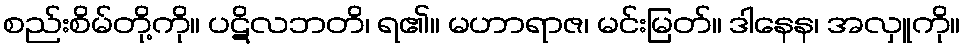
စည်းစိမ်တို့ကို။ ပဋိလဘတိ၊ ရ၏။ မဟာရာဇ၊ မင်းမြတ်။ ဒါနေန၊ အလှူကို။